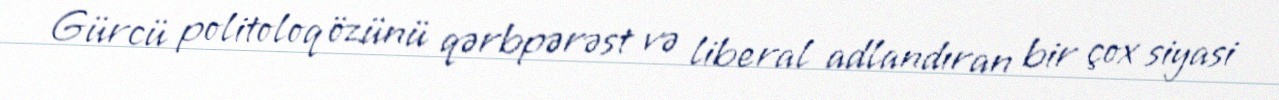
Gürcü politoloq özünü qərbpərəst və liberal adlandıran bir çox siyasi